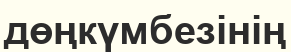
дөңкүмбезінің